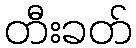
တီးခတ်